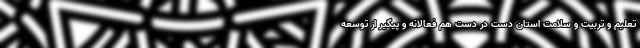
تعلیم و تربیت و سلامت استان دست در دست هم فعالانه و پیگیر از توسعه